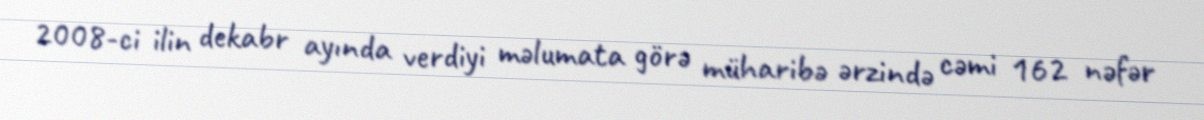
2008-ci ilin dekabr ayında verdiyi məlumata görə müharibə ərzində cəmi 162 nəfər